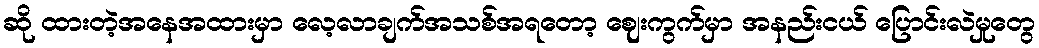
ဆို ထားတဲ့အနေအထားမှာ လေ့လာချက်အသစ်အရတော့ ဈေးကွက်မှာ အနည်းငယ် ပြောင်းလဲမှုတွေ